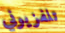
تلفزيوني